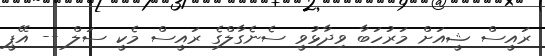
ރައީސް ޝީއަށް މަރުހަބާ ވިދާޅުވީ ސެނެގާލްގެ ރައީސް މެކީ ސަލް -- އޭޕީ